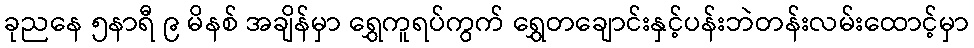
ခုညနေ ၅နာရီ ၉ မိနစ် အချိန်မှာ ရွှေကူရပ်ကွက် ရွှေတချောင်းနှင့်ပန်းဘဲတန်းလမ်းထောင့်မှာ